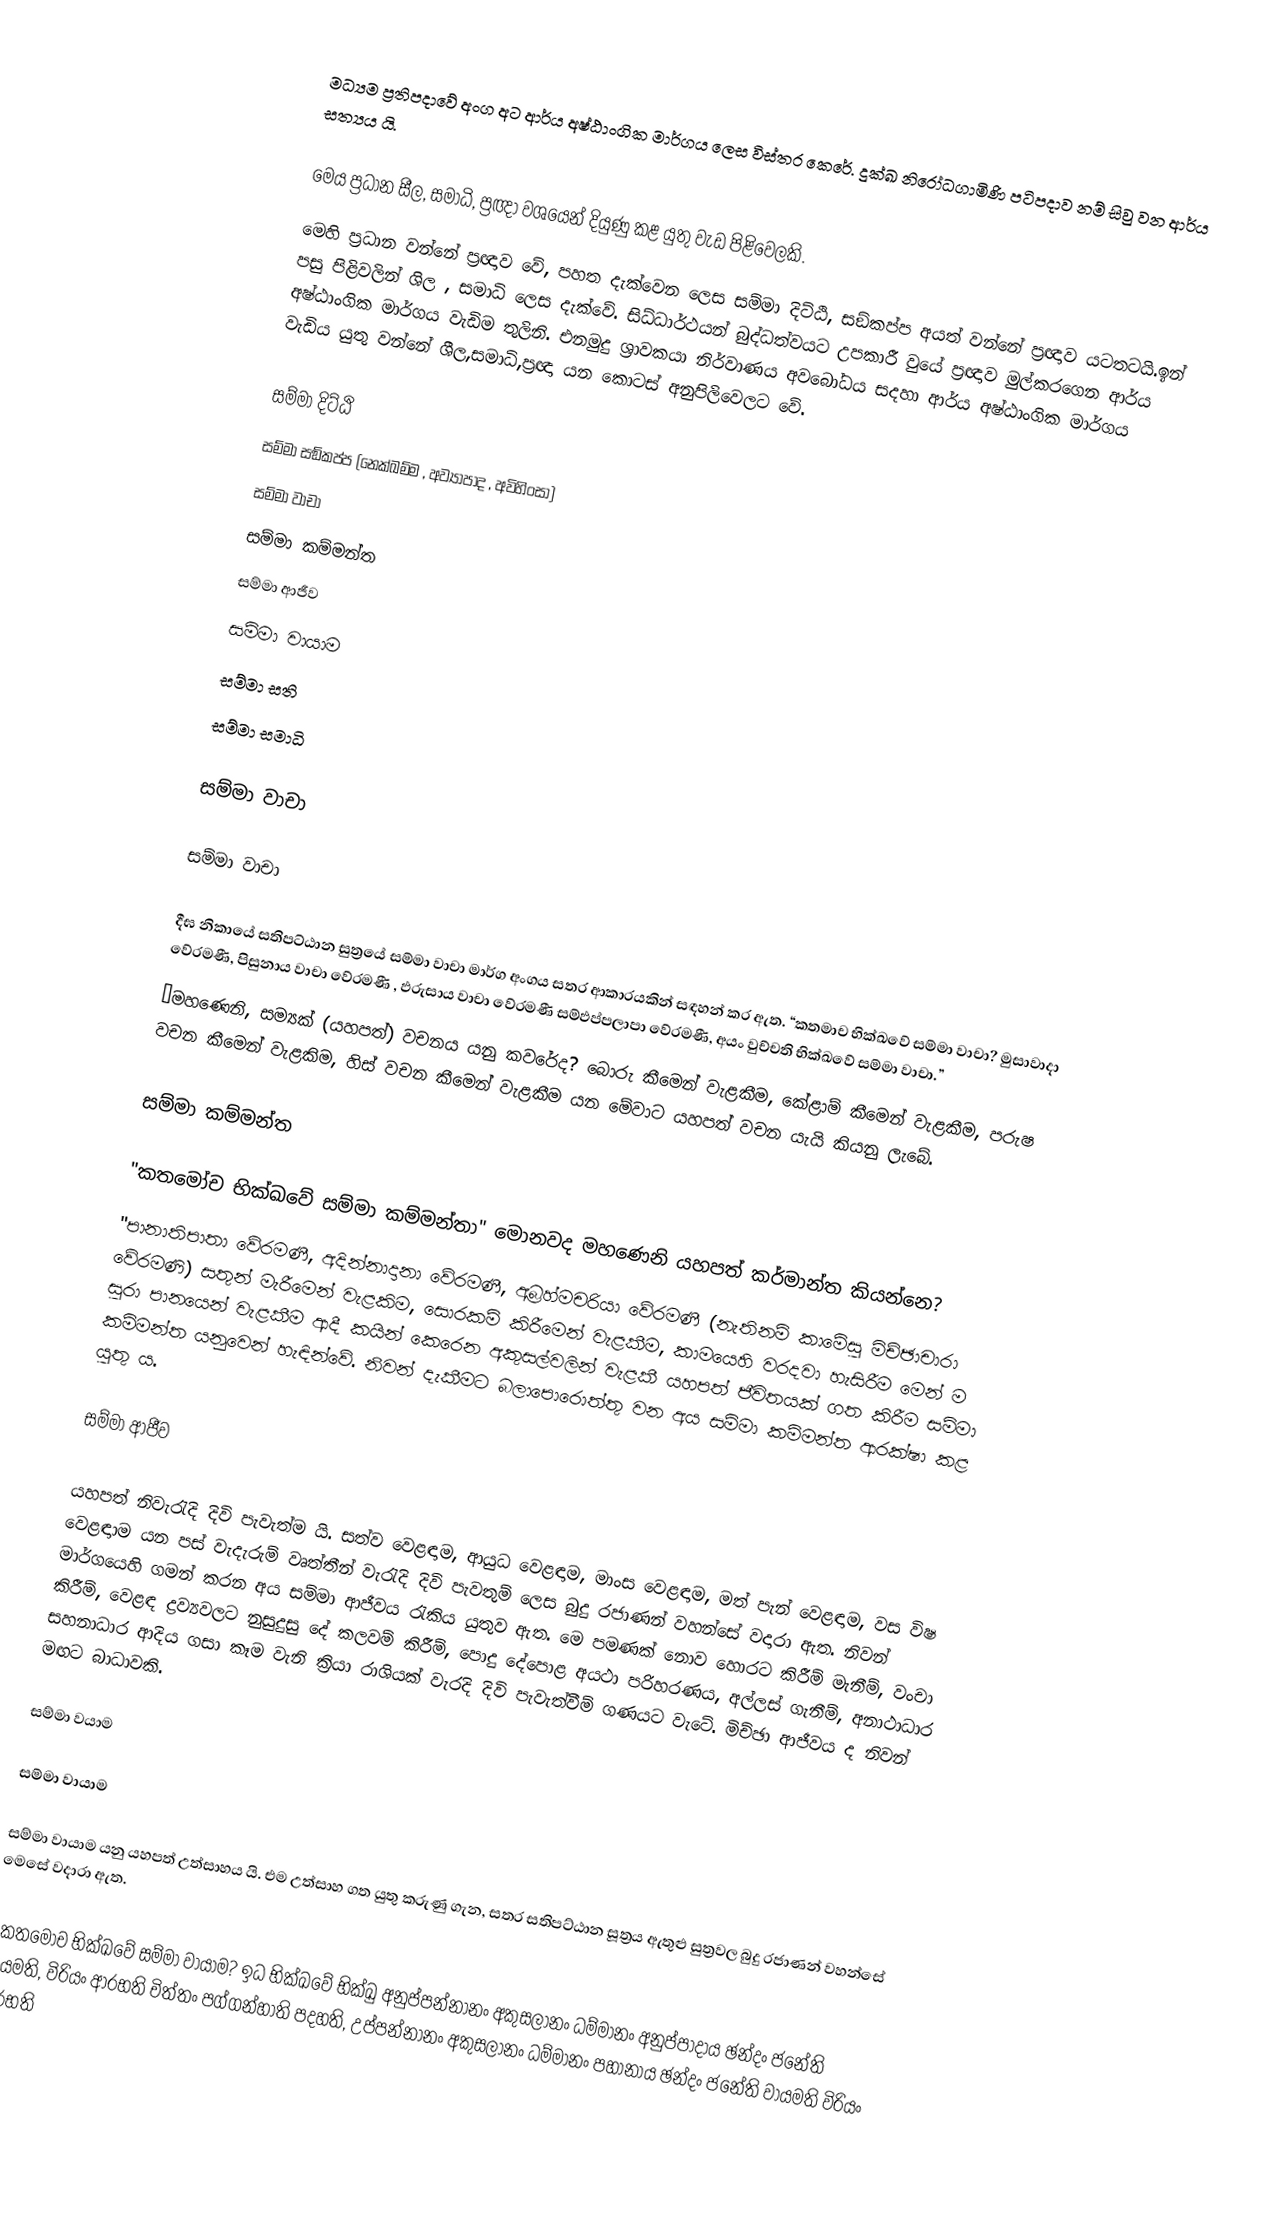
මධ්‍යම ප්‍රතිපදාවේ අංග අට ආර්ය අෂ්ඨාංගික මාර්ගය ලෙස විස්තර කෙරේ. දුක්ඛ නිරෝධගාමිණි පටිපදාව නම් සිවු වන ආර්ය සත්‍යය යි.

මෙය ප්‍රධාන සීල, සමාධි, ප්‍රඥා වශයෙන් දියුණු කළ යුතු වැඩ පිළිවෙලකි.
මෙහි ප්‍රධාන වන්නේ ප්‍රඥාව වේ, පහත දැක්වෙන ලෙස සම්මා දිට්ඨි, සඞ්කප්ප  අයත් වන්නේ ප්‍රඥාව යටතටයි.ඉන් පසු  පිළිවලින් ශිල , සමාධි ලෙස දැක්වේ. සිධ්ධාර්ථයන් බුද්ධත්වයට  උපකාරී වුයේ  ප්‍රඥාව  මුල්කරගෙන ආර්ය අෂ්ඨාංගික මාර්ගය වැඩිම තුලිනි. එනමුදු ශ්‍රාවකයා නිර්වාණය අවබෝධය සදහා ආර්ය අෂ්ඨාංගික මාර්ගය වැඩිය යුතු වන්නේ ශීල,සමාධි,ප්‍රඥා යන කොටස් අනුපිලිවෙලට වේ.

 සම්මා දිට්ඨි
 සම්මා සඞ්කප්ප (නෙක්ඛම්ම , අව්‍යාපාද , අවිහිංසා)
 සම්මා වාචා
 සම්මා කම්මන්ත
 සම්මා ආජීව
 සම්මා වායාම
 සම්මා සති
 සම්මා සමාධි

සම්මා වාචා

සම්මා වාචා

දීඝ නිකායේ සතිපට්ඨාන සුත්‍රයේ  සම්මා වාචා මාර්ග අංගය සතර ආකාරයකින් සඳහන් කර ඇත. “කතමාච භික්ඛවේ සම්මා වාචා? මුසාවාදා වේරමණී, පිසුනාය වාචා වේරමණී , ඵරුසාය වාචා වේරමණී  සම්ඵප්පලාපා වේරමණී, අයං වුච්චති භික්ඛවේ සම්මා වාචා.”
“මහණෙනි, සම්‍යක් (යහපත්)  වචනය යනු කවරේද? බොරු කීමෙන් වැළකීම,  කේළාම් කීමෙන් වැළකීම,  පරුෂ වචන කීමෙන් වැළකිම, හිස් වචන කීමෙන් වැළකීම යන මේවාට යහපත් වචන යැයි කියනු ලැබේ.

සම්මා කම්මන්ත

"කතමෝච භික්ඛවේ සම්මා කම්මන්තා" මොනවද මහණෙනි යහපත් කර්මාන්ත කියන්නෙ?
"පානාතිපාතා වේරමණී, අදින්නාදානා වේරමණී, අබ්‍රහ්මචරියා වේරමණී (නැතිනම්  කාමේසු මිච්ඡාචාරා වේරමණි) සතුන් මැරීමෙන් වැළකිම, සොරකම් කිරීමෙන් වැළකීම, කාමයෙහි වරදවා හැසිරීම මෙන් ම සුරා පානයෙන් වැළකීම ආදී කයින් කෙරෙන අකුසල්වලින් වැළකී යහපත් ජීවිතයක්  ගත කිරීම සම්මා කම්මන්ත යනුවෙන් හැඳින්වේ. නිවන් දැකීමට බලාපොරොත්තු වන අය සම්මා කම්මන්ත ආරක්ෂා කළ යුතු ය.

සම්මා ආජීව

යහපත් නිවැරැදි දිවි පැවැත්ම යි. සත්ව වෙළඳාම, ආයුධ වෙළඳාම, මාංස වෙළඳාම, මත් පැන් වෙළඳාම, වස විෂ වෙළඳාාම යන පස් වැදැරුම් වෘත්තීන් වැරැදි දිවි පැවතුම් ලෙස බුදු රජාණන් වහන්සේ වදාරා ඇත. නිවන් මාර්ගයෙහි ගමන් කරන අය සම්මා ආජීවය රැකිය යුතුව ඇත. මෙ පමණක් නොව හොරට කිරීම් මැනීම්, වංචා කිරීම්, වෙළඳ ද්‍රව්‍යවලට නුසුදුසු දේ කලවම් කිරීම්, පොදු දේපොළ අයථා පරිහරණය, අල්ලස් ගැනීම්, අනාථාධාර සහනාධාර ආදිය ගසා කෑම වැනි ක්‍රියා රාශියක් වැරදි දිවි පැවැත්වීම් ගණයට වැටේ. මිච්ඡා ආජීවය ද නිවන් මඟට බාධාවකි.

සම්මා වයාම

සම්මා වායාම

සම්මා වායාම යනු යහපත් උත්සාහය යි. එම උත්සාහ ගත යුතු කරුණු ගැන, සතර සතිපට්ඨාන සූත්‍රය ඇතුළු සුත්‍රවල බුදු රජාණන් වහන්සේ මෙසේ වදාරා ඇත.

" කතමෝච භික්ඛවේ සම්මා වායාම? ඉධ භික්ඛවේ භික්ඛු අනුප්පන්නානං අකුසලානං ධම්මානං අනුප්පාදාය ඡන්දං ජනේති වායමති, විරියං ආරභති චිත්තං පග්ගන්හාති පදහති, උප්පන්නානං අකුසලානං ධම්මානං පහානාය ඡන්දං ජනේති වායමති විරියං ආරභති